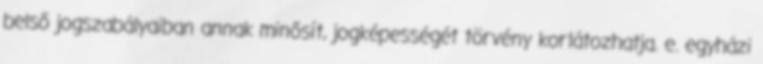
belső jogszabályaiban annak minősít, jogképességét törvény korlátozhatja. e. egyházi